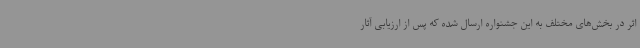
اثر در بخش‌های مختلف به این جشنواره ارسال شده که پس از ارزیابی آثار